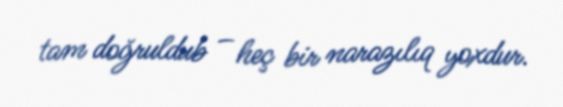
tam doğruldub – heç bir narazılıq yoxdur.